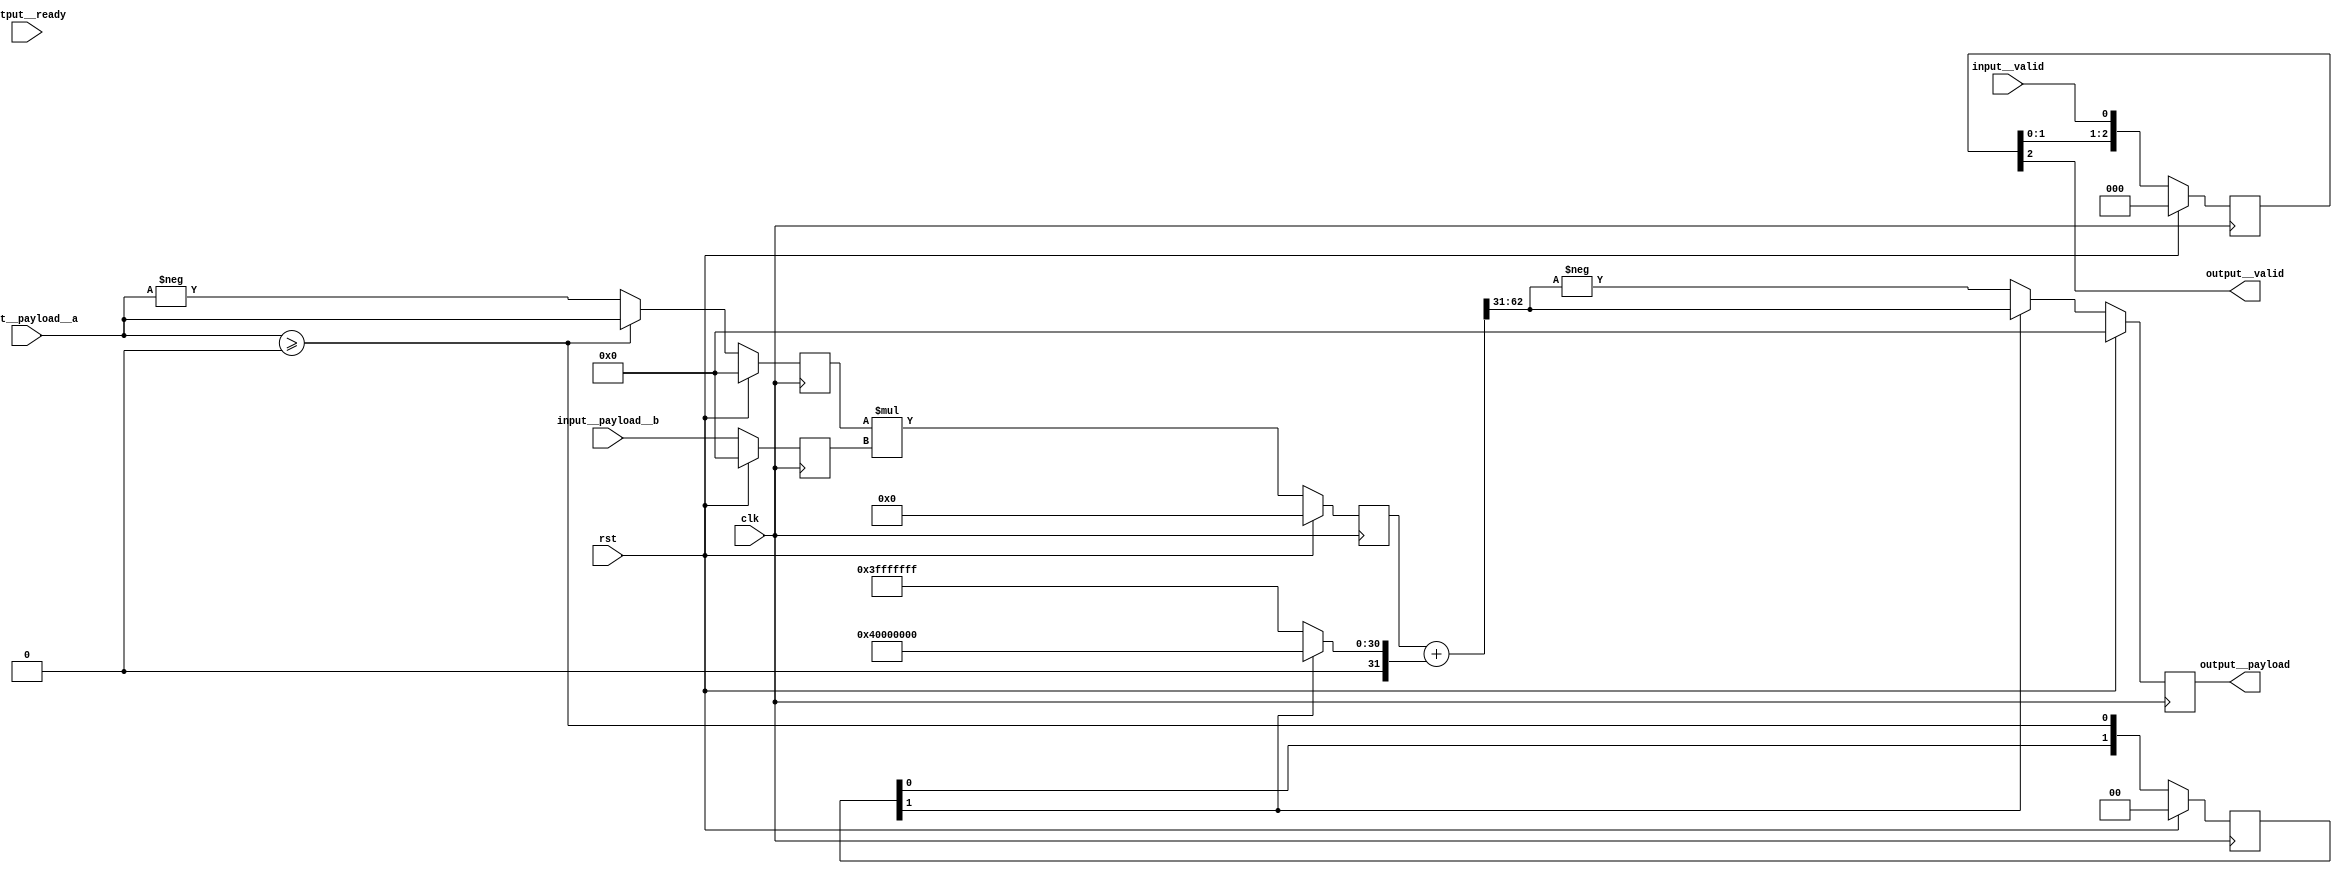
module srdhm(clk, input__valid, input__payload__a, input__payload__b, output__ready, output__valid, output__payload, rst);
  reg \initial  = 0;
  (* src = "/media/tim/GIT/tcal-x/CFU-Playground/proj/hps_accel/gateware/gen1/post_process.py:69" *)
  wire [32:0] \$1 ;
  (* src = "/media/tim/GIT/tcal-x/CFU-Playground/proj/hps_accel/gateware/gen1/post_process.py:75" *)
  wire [63:0] \$10 ;
  (* src = "/media/tim/GIT/tcal-x/CFU-Playground/proj/hps_accel/gateware/gen1/post_process.py:75" *)
  wire [63:0] \$11 ;
  (* src = "/media/tim/GIT/tcal-x/CFU-Playground/proj/hps_accel/gateware/gen1/post_process.py:78" *)
  wire \$14 ;
  (* src = "/media/tim/GIT/tcal-x/CFU-Playground/proj/hps_accel/gateware/gen1/post_process.py:79" *)
  wire [63:0] \$16 ;
  (* src = "/media/tim/GIT/tcal-x/CFU-Playground/proj/hps_accel/gateware/gen1/post_process.py:79" *)
  wire [62:0] \$17 ;
  (* src = "/media/tim/GIT/tcal-x/CFU-Playground/proj/hps_accel/gateware/gen1/post_process.py:79" *)
  wire [30:0] \$18 ;
  (* src = "/media/tim/GIT/tcal-x/CFU-Playground/proj/hps_accel/gateware/stream/actor.py:48" *)
  wire [32:0] \$2 ;
  (* src = "/media/tim/GIT/tcal-x/CFU-Playground/proj/hps_accel/gateware/gen1/post_process.py:79" *)
  wire [63:0] \$21 ;
  (* src = "/media/tim/GIT/tcal-x/CFU-Playground/proj/hps_accel/gateware/gen1/post_process.py:82" *)
  wire [32:0] \$23 ;
  (* src = "/media/tim/GIT/tcal-x/CFU-Playground/proj/hps_accel/gateware/gen1/post_process.py:80" *)
  wire [32:0] \$24 ;
  (* src = "/media/tim/GIT/tcal-x/CFU-Playground/proj/hps_accel/gateware/gen1/post_process.py:82" *)
  wire [32:0] \$26 ;
  (* src = "/media/tim/GIT/tcal-x/CFU-Playground/proj/hps_accel/gateware/gen1/post_process.py:82" *)
  wire [32:0] \$28 ;
  (* src = "/media/tim/GIT/tcal-x/CFU-Playground/proj/hps_accel/gateware/gen1/post_process.py:69" *)
  wire [32:0] \$4 ;
  (* src = "/media/tim/GIT/tcal-x/CFU-Playground/proj/hps_accel/gateware/gen1/post_process.py:69" *)
  wire [32:0] \$6 ;
  (* src = "/media/tim/GIT/tcal-x/CFU-Playground/proj/hps_accel/gateware/gen1/post_process.py:69" *)
  wire \$7 ;
  (* src = "/media/tim/GIT/tcal-x/CFU-Playground/third_party/python/nmigen/nmigen/hdl/ir.py:524" *)
  input clk;
  (* src = "/media/tim/GIT/tcal-x/CFU-Playground/proj/hps_accel/gateware/gen1/post_process.py:80" *)
  wire [31:0] high_bits;
  (* src = "/media/tim/GIT/tcal-x/CFU-Playground/proj/hps_accel/gateware/stream/actor.py:48" *)
  input [31:0] input__payload__a;
  (* src = "/media/tim/GIT/tcal-x/CFU-Playground/proj/hps_accel/gateware/stream/actor.py:48" *)
  input [31:0] input__payload__b;
  (* src = "/media/tim/GIT/tcal-x/CFU-Playground/proj/hps_accel/gateware/stream/actor.py:48" *)
  wire input__ready;
  (* src = "/media/tim/GIT/tcal-x/CFU-Playground/proj/hps_accel/gateware/stream/actor.py:48" *)
  input input__valid;
  (* src = "/media/tim/GIT/tcal-x/CFU-Playground/proj/hps_accel/gateware/stream/actor.py:49" *)
  output [31:0] output__payload;
  reg [31:0] output__payload = 32'd0;
  (* src = "/media/tim/GIT/tcal-x/CFU-Playground/proj/hps_accel/gateware/stream/actor.py:49" *)
  reg [31:0] \output__payload$next ;
  (* src = "/media/tim/GIT/tcal-x/CFU-Playground/proj/hps_accel/gateware/stream/actor.py:49" *)
  input output__ready;
  (* src = "/media/tim/GIT/tcal-x/CFU-Playground/proj/hps_accel/gateware/stream/actor.py:49" *)
  output output__valid;
  (* src = "/media/tim/GIT/tcal-x/CFU-Playground/proj/hps_accel/gateware/gen1/post_process.py:67" *)
  reg [31:0] reg_a = 32'd0;
  (* src = "/media/tim/GIT/tcal-x/CFU-Playground/proj/hps_accel/gateware/gen1/post_process.py:67" *)
  reg [31:0] \reg_a$next ;
  (* src = "/media/tim/GIT/tcal-x/CFU-Playground/proj/hps_accel/gateware/gen1/post_process.py:74" *)
  reg [62:0] reg_ab = 63'h0000000000000000;
  (* src = "/media/tim/GIT/tcal-x/CFU-Playground/proj/hps_accel/gateware/gen1/post_process.py:74" *)
  reg [62:0] \reg_ab$next ;
  (* src = "/media/tim/GIT/tcal-x/CFU-Playground/proj/hps_accel/gateware/gen1/post_process.py:68" *)
  reg [31:0] reg_b = 32'd0;
  (* src = "/media/tim/GIT/tcal-x/CFU-Playground/proj/hps_accel/gateware/gen1/post_process.py:68" *)
  reg [31:0] \reg_b$next ;
  (* src = "/media/tim/GIT/tcal-x/CFU-Playground/third_party/python/nmigen/nmigen/hdl/ir.py:524" *)
  input rst;
  (* src = "/media/tim/GIT/tcal-x/CFU-Playground/proj/hps_accel/gateware/stream/actor.py:127" *)
  reg [2:0] sr = 3'h0;
  (* src = "/media/tim/GIT/tcal-x/CFU-Playground/proj/hps_accel/gateware/stream/actor.py:127" *)
  reg [1:0] \sr$13  = 2'h0;
  (* src = "/media/tim/GIT/tcal-x/CFU-Playground/proj/hps_accel/gateware/stream/actor.py:127" *)
  reg [1:0] \sr$13$next ;
  (* src = "/media/tim/GIT/tcal-x/CFU-Playground/proj/hps_accel/gateware/stream/actor.py:127" *)
  reg [2:0] \sr$next ;
  assign \$11  = $signed(reg_a) * (* src = "/media/tim/GIT/tcal-x/CFU-Playground/proj/hps_accel/gateware/gen1/post_process.py:75" *) $signed(reg_b);
  assign \$14  = $signed(input__payload__a) >= (* src = "/media/tim/GIT/tcal-x/CFU-Playground/proj/hps_accel/gateware/gen1/post_process.py:78" *) $signed(32'd0);
  assign \$18  = \sr$13 [1] ? (* src = "/media/tim/GIT/tcal-x/CFU-Playground/proj/hps_accel/gateware/gen1/post_process.py:79" *) 31'h40000000 : 31'h3fffffff;
  assign \$17  = + (* src = "/media/tim/GIT/tcal-x/CFU-Playground/proj/hps_accel/gateware/gen1/post_process.py:79" *) \$18 ;
  assign \$21  = $signed(reg_ab) + (* src = "/media/tim/GIT/tcal-x/CFU-Playground/proj/hps_accel/gateware/gen1/post_process.py:79" *) $signed(\$17 );
  assign \$24  = + (* src = "/media/tim/GIT/tcal-x/CFU-Playground/proj/hps_accel/gateware/gen1/post_process.py:80" *) $signed(high_bits);
  assign \$26  = - (* src = "/media/tim/GIT/tcal-x/CFU-Playground/proj/hps_accel/gateware/gen1/post_process.py:82" *) $signed(high_bits);
  assign \$28  = \sr$13 [1] ? (* src = "/media/tim/GIT/tcal-x/CFU-Playground/proj/hps_accel/gateware/gen1/post_process.py:82" *) \$24  : \$26 ;
  assign \$2  = + (* src = "/media/tim/GIT/tcal-x/CFU-Playground/proj/hps_accel/gateware/stream/actor.py:48" *) $signed(input__payload__a);
  assign \$4  = - (* src = "/media/tim/GIT/tcal-x/CFU-Playground/proj/hps_accel/gateware/gen1/post_process.py:69" *) $signed(input__payload__a);
  assign \$7  = $signed(input__payload__a) >= (* src = "/media/tim/GIT/tcal-x/CFU-Playground/proj/hps_accel/gateware/gen1/post_process.py:69" *) $signed(32'd0);
  assign \$6  = \$7  ? (* src = "/media/tim/GIT/tcal-x/CFU-Playground/proj/hps_accel/gateware/gen1/post_process.py:69" *) \$2  : \$4 ;
  always @(posedge clk)
    output__payload <= \output__payload$next ;
  always @(posedge clk)
    \sr$13  <= \sr$13$next ;
  always @(posedge clk)
    reg_ab <= \reg_ab$next ;
  always @(posedge clk)
    reg_b <= \reg_b$next ;
  always @(posedge clk)
    reg_a <= \reg_a$next ;
  always @(posedge clk)
    sr <= \sr$next ;
  always @* begin
    if (\initial ) begin end
    \sr$next  = { sr[1:0], input__valid };
    (* src = "/media/tim/GIT/tcal-x/CFU-Playground/third_party/python/nmigen/nmigen/hdl/xfrm.py:519" *)
    casez (rst)
      1'h1:
          \sr$next  = 3'h0;
    endcase
  end
  always @* begin
    if (\initial ) begin end
    \reg_a$next  = \$6 [31:0];
    (* src = "/media/tim/GIT/tcal-x/CFU-Playground/third_party/python/nmigen/nmigen/hdl/xfrm.py:519" *)
    casez (rst)
      1'h1:
          \reg_a$next  = 32'd0;
    endcase
  end
  always @* begin
    if (\initial ) begin end
    \reg_b$next  = input__payload__b;
    (* src = "/media/tim/GIT/tcal-x/CFU-Playground/third_party/python/nmigen/nmigen/hdl/xfrm.py:519" *)
    casez (rst)
      1'h1:
          \reg_b$next  = 32'd0;
    endcase
  end
  always @* begin
    if (\initial ) begin end
    \reg_ab$next  = \$11 [62:0];
    (* src = "/media/tim/GIT/tcal-x/CFU-Playground/third_party/python/nmigen/nmigen/hdl/xfrm.py:519" *)
    casez (rst)
      1'h1:
          \reg_ab$next  = 63'h0000000000000000;
    endcase
  end
  always @* begin
    if (\initial ) begin end
    \sr$13$next  = { \sr$13 [0], \$14  };
    (* src = "/media/tim/GIT/tcal-x/CFU-Playground/third_party/python/nmigen/nmigen/hdl/xfrm.py:519" *)
    casez (rst)
      1'h1:
          \sr$13$next  = 2'h0;
    endcase
  end
  always @* begin
    if (\initial ) begin end
    \output__payload$next  = \$28 [31:0];
    (* src = "/media/tim/GIT/tcal-x/CFU-Playground/third_party/python/nmigen/nmigen/hdl/xfrm.py:519" *)
    casez (rst)
      1'h1:
          \output__payload$next  = 32'd0;
    endcase
  end
  assign \$1  = \$6 ;
  assign \$10  = \$11 ;
  assign \$16  = \$21 ;
  assign \$23  = \$28 ;
  assign high_bits = \$21 [62:31];
  assign output__valid = sr[2];
  assign input__ready = output__ready;
endmodule